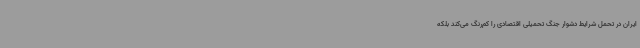
ایران در تحمل شرایط دشوار جنگ تحمیلی اقتصادی را کم‌رنگ می‌کند بلکه